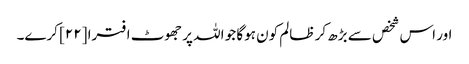
اور اس شخص سے بڑھ کر ظالم کون ہوگا جو اللہ پر جھوٹ افترا [٢٢] کرے۔